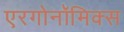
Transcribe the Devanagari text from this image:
एरगोनॉमिक्स